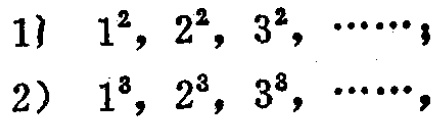
1) \(1^{2}, 2^{2}, 3^{2}, \cdots\);
2) \(1^{3}, 2^{3}, 3^{3}, \cdots\)